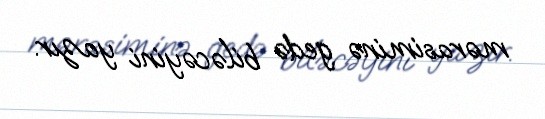
mərasiminə gedə biləcəyini yazır.